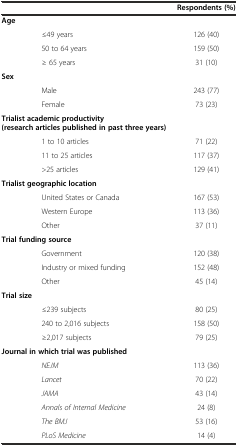
<table><thead><tr><td></td><td><b>Respondents (%)</b></td></tr></thead><tbody><tr><td><b>Age</b></td><td></td></tr><tr><td>≤49 years</td><td>126 (40)</td></tr><tr><td>50 to 64 years</td><td>159 (50)</td></tr><tr><td>≥ 65 years</td><td>31 (10)</td></tr><tr><td><b>Sex</b></td><td></td></tr><tr><td>Male</td><td>243 (77)</td></tr><tr><td>Female</td><td>73 (23)</td></tr><tr><td><b>Trialist academic productivity (research articles published in past three years)</b></td><td></td></tr><tr><td>1 to 10 articles</td><td>71 (22)</td></tr><tr><td>11 to 25 articles</td><td>117 (37)</td></tr><tr><td>&gt;25 articles</td><td>129 (41)</td></tr><tr><td><b>Trialist geographic location</b></td><td></td></tr><tr><td>United States or Canada</td><td>167 (53)</td></tr><tr><td>Western Europe</td><td>113 (36)</td></tr><tr><td>Other</td><td>37 (11)</td></tr><tr><td><b>Trial funding source</b></td><td></td></tr><tr><td>Government</td><td>120 (38)</td></tr><tr><td>Industry or mixed funding</td><td>152 (48)</td></tr><tr><td>Other</td><td>45 (14)</td></tr><tr><td><b>Trial size</b></td><td></td></tr><tr><td>≤239 subjects</td><td>80 (25)</td></tr><tr><td>240 to 2,016 subjects</td><td>158 (50)</td></tr><tr><td>≥2,017 subjects</td><td>79 (25)</td></tr><tr><td><b>Journal in which trial was published</b></td><td></td></tr><tr><td><i>NEJM</i></td><td>113 (36)</td></tr><tr><td><i>Lancet</i></td><td>70 (22)</td></tr><tr><td><i>JAMA</i></td><td>43 (14)</td></tr><tr><td><i>Annals of Internal Medicine</i></td><td>24 (8)</td></tr><tr><td><i>The BMJ</i></td><td>53 (16)</td></tr><tr><td><i>PLoS Medicine</i></td><td>14 (4)</td></tr></tbody></table>